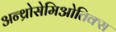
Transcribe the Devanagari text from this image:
अन्थ्रोसेमिओतिक्स